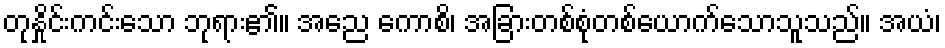
တုနှိုင်းကင်းသော ဘုရား၏။ အညေ ကောစိ၊ အခြားတစ်စုံတစ်ယောက်သောသူသည်။ အယံ၊